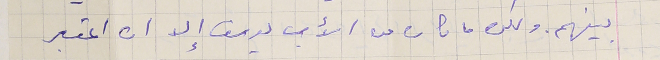
بينهم. ولكن ما كان من الأب يوسف إلا ان اعتبر